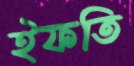
ইফতি